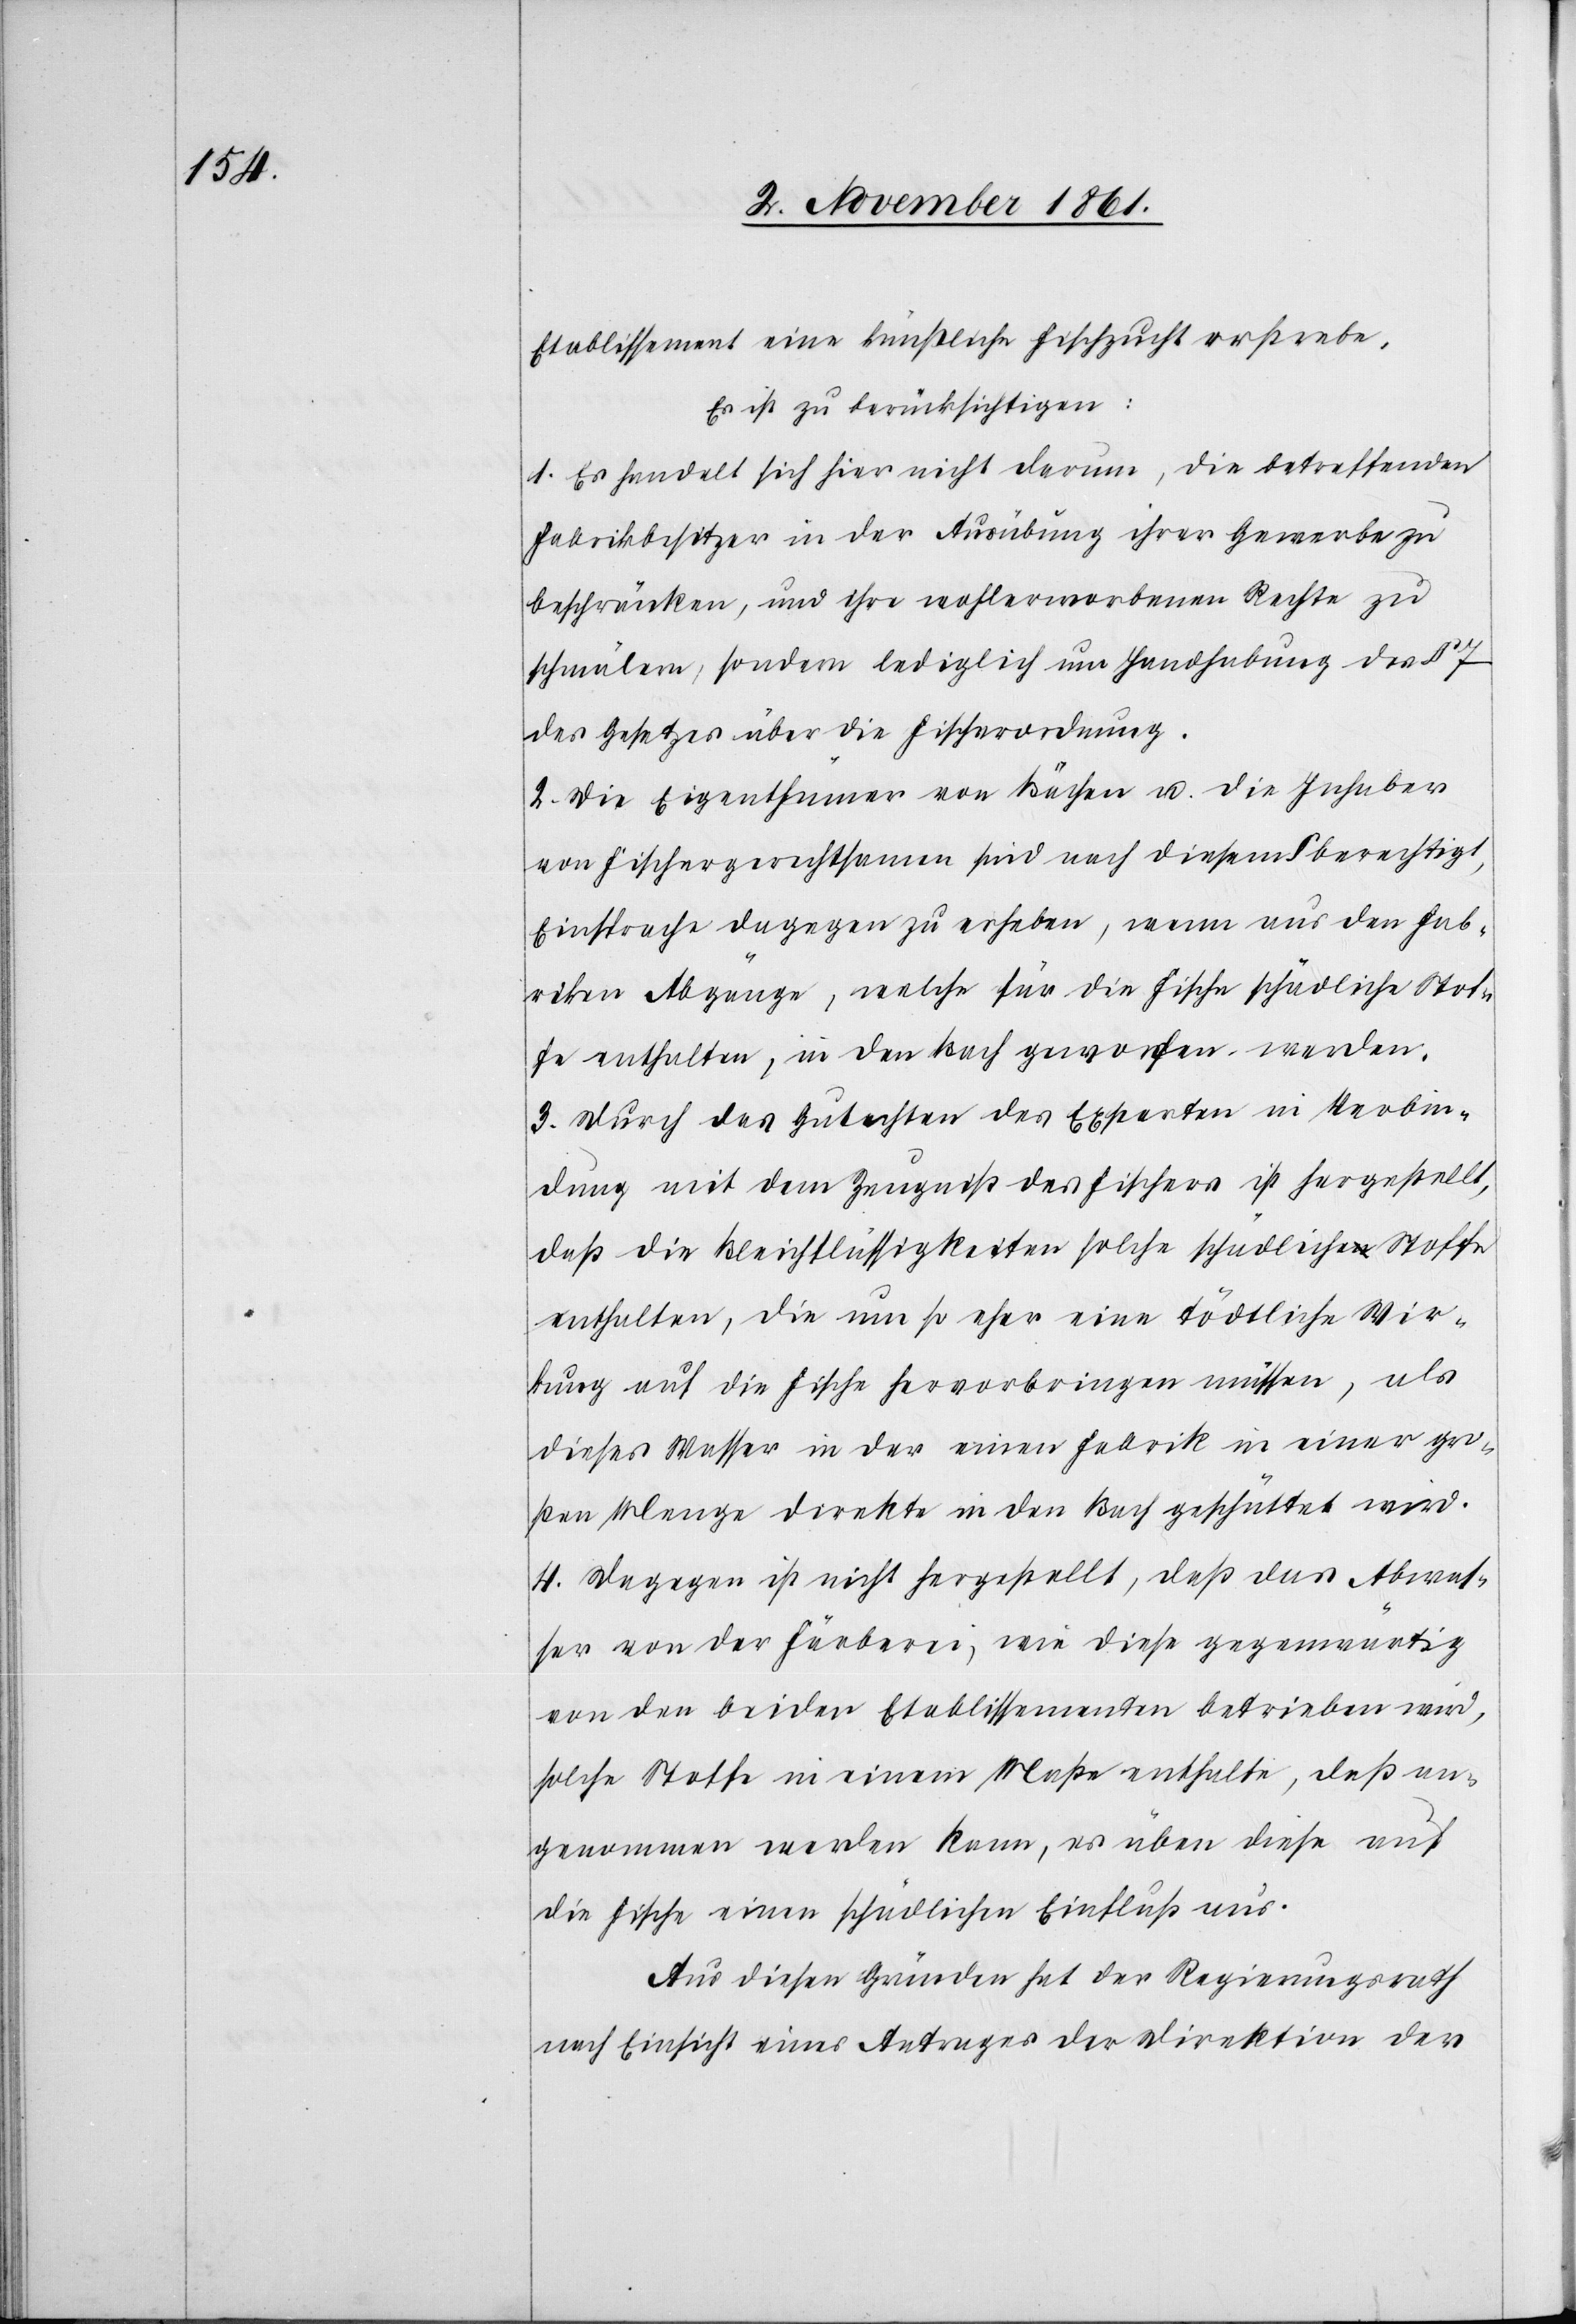
Etablissement eine künstliche Fischzucht erstrebe.
Es ist zu berücksichtigen:
1. Es handelt sich hier nicht darum, die betreffenden
Fabrikbesitzer in der Ausübung ihrer Gewerbe zu
beschränken, und ihre wohlerworbenen Rechte zu
schmälen, sondern lediglich um Handhabung des § 7
des Gesetzes über die Fischerordnung.
2. Die Eigenthümer von Bächen u. die Inhaber
von Fischergerechtsamen sind nach diesem § berechtigt,
Einsprache dagegen zu erheben, wenn aus den Fab¬
riken Abgänge, welche für die Fische schädliche Stof¬
fe enthalten, in den Bach geworfen werden.
3. Durch das Gutachten des Experten in Verbin¬
dung mit dem Zeugniß des Fischers ist hergestellt,
daß die Bleichflüssigkeiten solche schädlichen Stoffe
enthalten, die um so eher eine tödtliche Wir¬
kung auf die Fische hervorbringen müssen, als
dieses Wasser in der einen Fabrik in einer gro¬
ßen Menge direkte in den Bach geschüttet wird.
4. Dagegen ist nicht hergestellt, daß das Abwas¬
ser von der Färberei, wie diese gegenwärtig
von den beiden Etablissementen betrieben wird,
solche Stoffe in einem Maße enthalte, daß an¬
genommen werden kann, es üben diese auf
die Fische einen schädlichen Einfluß aus.
Aus diesen Gründen hat der Regierungsrath
nach Einsicht eines Antrages der Direktion der